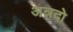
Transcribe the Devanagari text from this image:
अन्नदो